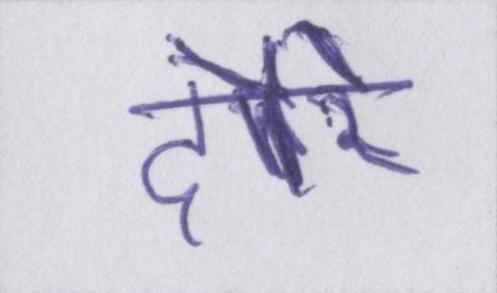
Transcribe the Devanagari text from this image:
दौरे